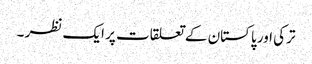
ترکی اور پاکستان کے تعلقات پر ایک نظر ۔